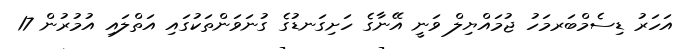
އަހަރު ޑިސެމްބަރމަހު ޖުމައްޔިލް ވަނީ އޭނާގެ ހަށިގަނޑުގެ ގުނަވަންތަކުގައި އަތްލައި އުމުރުން 17